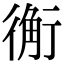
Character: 䚘